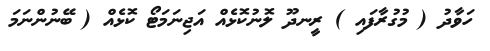
ހަވާދު ( މުގުރާފައި ) ރީނދޫ ލޮނުކޮޅެއް އަޖިނަމަޓޯ ކޮޅެއް ( ބޭނުންނަމަ